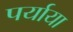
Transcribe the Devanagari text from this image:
पर्याया